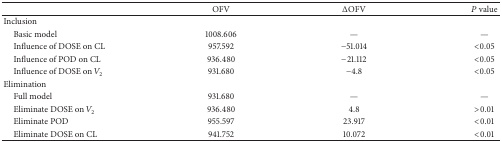
|  | OFV | ΔOFV | P value |
 | --- | --- | --- | --- |
 | Inclusion |  |  |  |
 | Basic model | 1008.606 | — | — |
 | Influence of DOSE on CL | 957.592 | −51.014 | <0.05 |
 | Influence of POD on CL | 936.480 | −21.112 | <0.05 |
 | Influence of DOSE on V2 | 931.680 | −4.8 | <0.05 |
 | Elimination |  |  |  |
 | Full model | 931.680 | — | — |
 | Eliminate DOSE on V2 | 936.480 | 4.8 | >0.01 |
 | Eliminate POD | 955.597 | 23.917 | <0.01 |
 | Eliminate DOSE on CL | 941.752 | 10.072 | <0.01 |